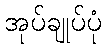
အုပ်ချုပ်ပုံ